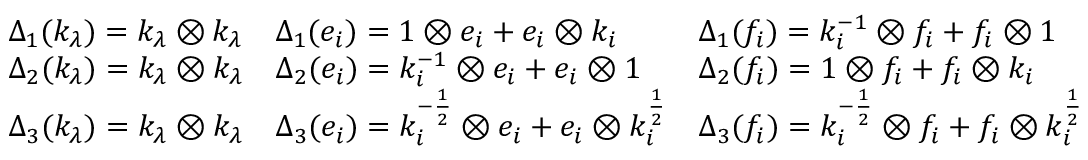
{ \begin{array} { l l l } { \Delta _ { 1 } ( k _ { \lambda } ) = k _ { \lambda } \otimes k _ { \lambda } } & { \Delta _ { 1 } ( e _ { i } ) = 1 \otimes e _ { i } + e _ { i } \otimes k _ { i } } & { \Delta _ { 1 } ( f _ { i } ) = k _ { i } ^ { - 1 } \otimes f _ { i } + f _ { i } \otimes 1 } \\ { \Delta _ { 2 } ( k _ { \lambda } ) = k _ { \lambda } \otimes k _ { \lambda } } & { \Delta _ { 2 } ( e _ { i } ) = k _ { i } ^ { - 1 } \otimes e _ { i } + e _ { i } \otimes 1 } & { \Delta _ { 2 } ( f _ { i } ) = 1 \otimes f _ { i } + f _ { i } \otimes k _ { i } } \\ { \Delta _ { 3 } ( k _ { \lambda } ) = k _ { \lambda } \otimes k _ { \lambda } } & { \Delta _ { 3 } ( e _ { i } ) = k _ { i } ^ { - { \frac { 1 } { 2 } } } \otimes e _ { i } + e _ { i } \otimes k _ { i } ^ { \frac { 1 } { 2 } } } & { \Delta _ { 3 } ( f _ { i } ) = k _ { i } ^ { - { \frac { 1 } { 2 } } } \otimes f _ { i } + f _ { i } \otimes k _ { i } ^ { \frac { 1 } { 2 } } } \end{array} }